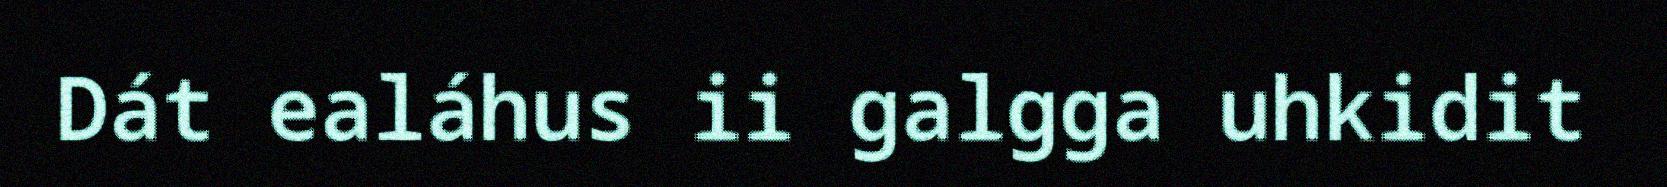
Dát ealáhus ii galgga uhkidit